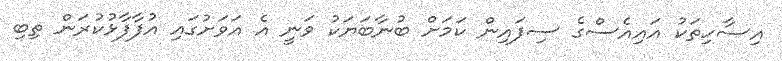
އިސާހިތަކު އައިއެސްގެ ސިފައިން ކަމަށް ބުނާބަޔަކު ވަނީ އެ އަވަށުގައި އުފާފާޅުކުރަން ތިބި